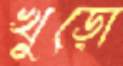
খুড়ো